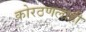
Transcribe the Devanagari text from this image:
कोरठणलाही